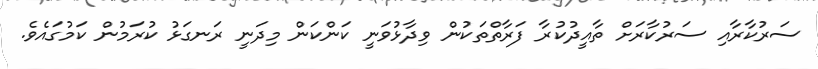
ސަރުކާރާއި ސަރުކާރަށް ތާއީދުކުރާ ފަރާތްތަކުން ވިދާޅުވަނީ ކަންކަން މިދަނީ ރަނގަޅު ކުރަމުން ކަމުގައެވެ.